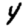
Digit: 4